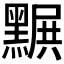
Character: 𪑩